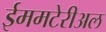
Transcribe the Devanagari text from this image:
ईममटेरीअल